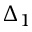
\Delta _ { 1 }